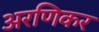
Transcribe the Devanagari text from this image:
अरणिकर